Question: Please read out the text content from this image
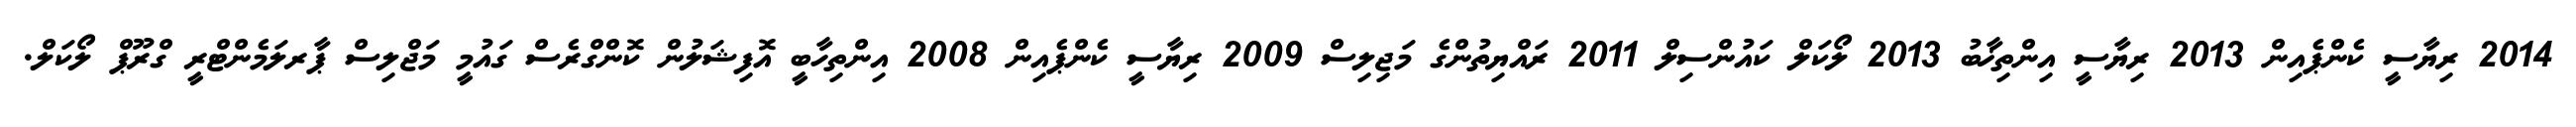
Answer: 2014 ރިޔާސީ ކެންޕެއިން 2013 ރިޔާސީ އިންތިޚާބު 2013 ލޯކަލް ކައުންސިލް 2011 ރައްޔިތުންގެ މަޖިލިސް 2009 ރިޔާސީ ކެންޕެއިން 2008 އިންތިހާބީ އޮފިޝަލުން ކޮންގްރެސް ގައުމީ މަޖްލިސް ޕާރލަމެންޓްރީ ގްރޫޕް ލޯކަލް.